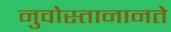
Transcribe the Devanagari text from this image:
नुवोस्तानानते